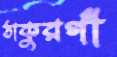
ঠাকুরগাঁ